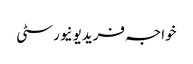
خواجہ فریدیونیورسٹی